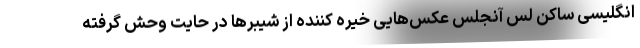
انگلیسی ساکن لس آنجلس عکس‌هایی خیره کننده از شیبر‌ها در حایت وحش گرفته